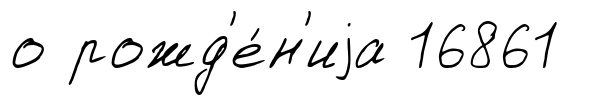
о рожд'е́н'иjа 16861